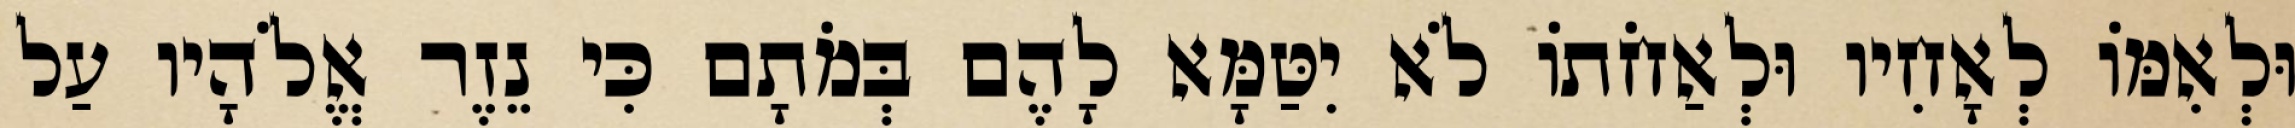
וּלְאִמּוֹ לְאָחִיו וּלְאַחֹתוֹ לֹא יִטַּמָּא לָהֶם בְּמֹתָם כִּי נֵזֶר אֱלֹהָיו עַל